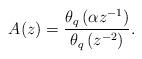
LaTeX: \begin{align*} A(z)=\frac{\theta_{q}\left(\alpha z^{-1}\right)}{\theta_{q}\left(z^{-2}\right)}. \end{align*}